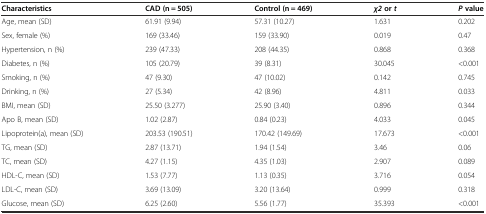
| Characteristics | CAD (n = 505) | Control (n = 469) | χ2ort | Pvalue |
 | --- | --- | --- | --- | --- |
 | Age, mean (SD) | 61.91 (9.94) | 57.31 (10.27) | 1.631 | 0.202 |
 | Sex, female (%) | 169 (33.46) | 159 (33.90) | 0.019 | 0.47 |
 | Hypertension, n (%) | 239 (47.33) | 208 (44.35) | 0.868 | 0.368 |
 | Diabetes, n (%) | 105 (20.79) | 39 (8.31) | 30.045 | <0.001 |
 | Smoking, n (%) | 47 (9.30) | 47 (10.02) | 0.142 | 0.745 |
 | Drinking, n (%) | 27 (5.34) | 42 (8.96) | 4.811 | 0.033 |
 | BMI, mean (SD) | 25.50 (3.277) | 25.90 (3.40) | 0.896 | 0.344 |
 | Apo B, mean (SD) | 1.02 (2.87) | 0.84 (0.23) | 4.033 | 0.045 |
 | Lipoprotein(a), mean (SD) | 203.53 (190.51) | 170.42 (149.69) | 17.673 | <0.001 |
 | TG, mean (SD) | 2.87 (13.71) | 1.94 (1.54) | 3.46 | 0.06 |
 | TC, mean (SD) | 4.27 (1.15) | 4.35 (1.03) | 2.907 | 0.089 |
 | HDL-C, mean (SD) | 1.53 (7.77) | 1.13 (0.35) | 3.716 | 0.054 |
 | LDL-C, mean (SD) | 3.69 (13.09) | 3.20 (13.64) | 0.999 | 0.318 |
 | Glucose, mean (SD) | 6.25 (2.60) | 5.56 (1.77) | 35.393 | <0.001 |